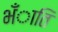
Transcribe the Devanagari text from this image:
भँाति